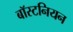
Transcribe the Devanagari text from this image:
बॉस्टनियन